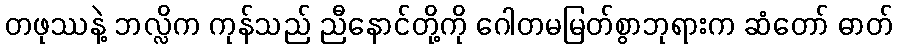
တဖုဿနဲ့ ဘလ္လိက ကုန်သည် ညီနောင်တို့ကို ဂေါတမမြတ်စွာဘုရားက ဆံတော် ဓာတ်